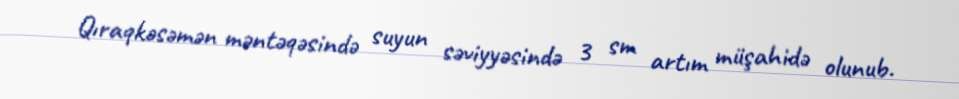
Qıraqkəsəmən məntəqəsində suyun səviyyəsində 3 sm artım müşahidə olunub.